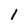
Character: 1